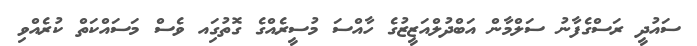
ސައުދީ ރަސްގެފާނު ސަލްމާން އަބްދުލްއަޒީޒުގެ ހާއްސަ މުސީރެއްގެ ގޮތުގަިއ ވެސް މަސައްކަތް ކުރެއްވި